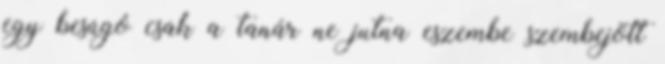
egy besúgó csak a tanár ne jutna eszembe szembejött